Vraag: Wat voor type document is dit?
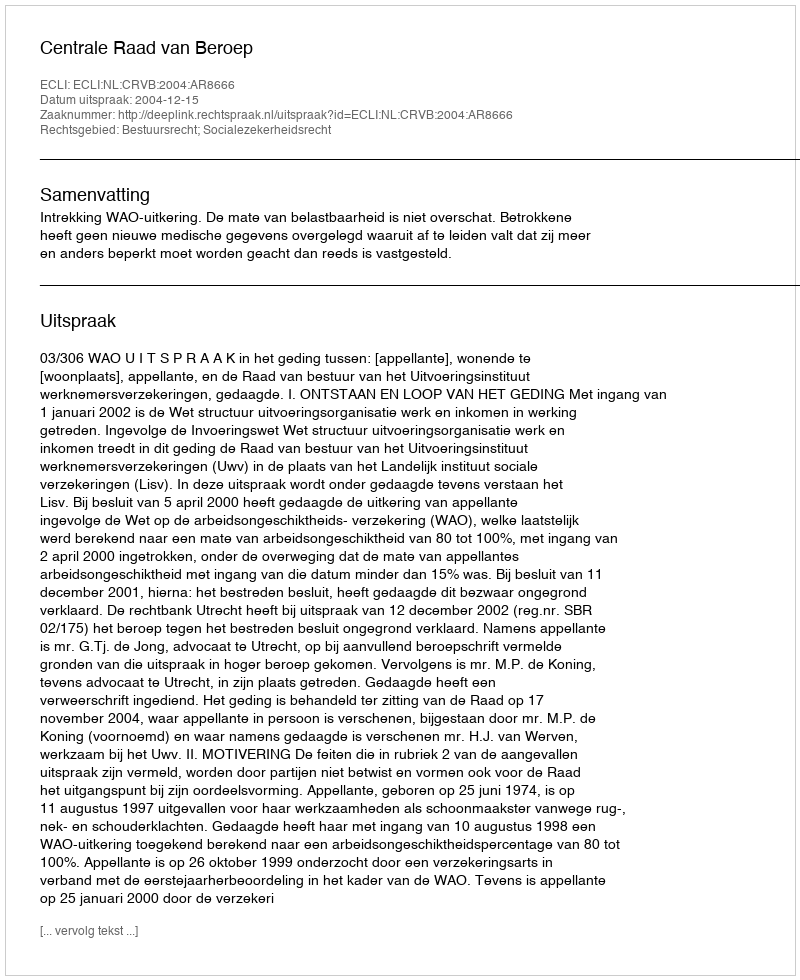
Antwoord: Uitspraak